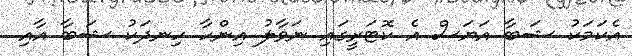
އެކަމަކު ޝަބާ އަޔަސް އެ ކޮޓަރީގައި ނަވާލު އިންހާ ހިނދަކު ޝަބާ އާއި